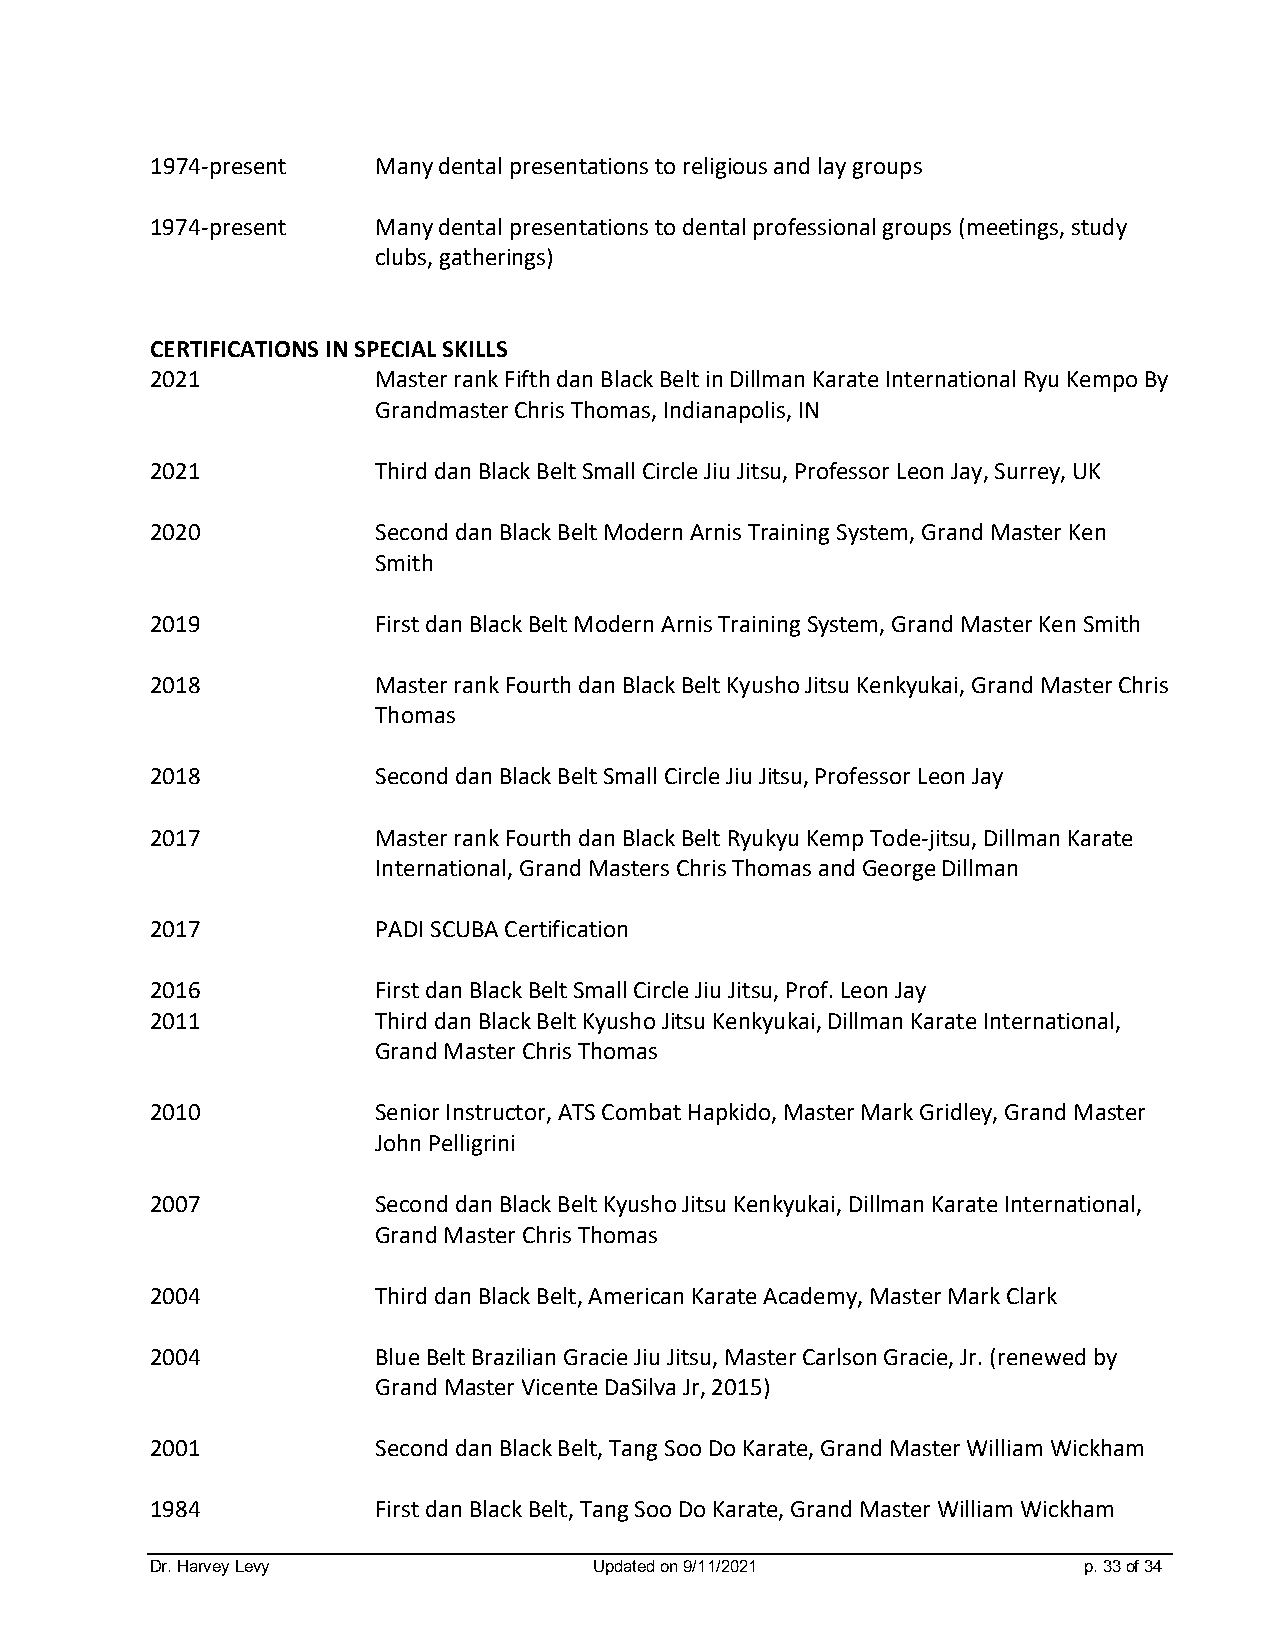
1974-present   Many dental presentations to religious and lay groups
 1974-present   Many dental presentations to dental professional groups (meetings, study
 clubs, gatherings)
 CERTIFICATIONS IN SPECIAL SKILLS
 2021           Master rank Fifth dan Black Belt in Dillman Karate International Ryu Kempo By
 Grandmaster Chris Thomas, Indianapolis, IN
 2021           Third dan Black Belt Small Circle Jiu Jitsu, Professor Leon Jay, Surrey, UK
 2020           Second dan Black Belt Modern Arnis Training System, Grand Master Ken
 Smith
 2019           First dan Black Belt Modern Arnis Training System, Grand Master Ken Smith
 2018           Master rank Fourth dan Black Belt Kyusho Jitsu Kenkyukai, Grand Master Chris
 Thomas
 2018           Second dan Black Belt Small Circle Jiu Jitsu, Professor Leon Jay
 2017           Master rank Fourth dan Black Belt Ryukyu Kemp Tode-jitsu, Dillman Karate
 International, Grand Masters Chris Thomas and George Dillman
 2017           PADI SCUBA Certification
 2016           First dan Black Belt Small Circle Jiu Jitsu, Prof. Leon Jay
 2011           Third dan Black Belt Kyusho Jitsu Kenkyukai, Dillman Karate International,
 Grand Master Chris Thomas
 2010           Senior Instructor, ATS Combat Hapkido, Master Mark Gridley, Grand Master
 John Pelligrini
 2007           Second dan Black Belt Kyusho Jitsu Kenkyukai, Dillman Karate International,
 Grand Master Chris Thomas
 2004           Third dan Black Belt, American Karate Academy, Master Mark Clark
 2004           Blue Belt Brazilian Gracie Jiu Jitsu, Master Carlson Gracie, Jr. (renewed by
 Grand Master Vicente DaSilva Jr, 2015)
 2001           Second dan Black Belt, Tang Soo Do Karate, Grand Master William Wickham
 1984           First dan Black Belt, Tang Soo Do Karate, Grand Master William Wickham
 Dr. Harvey Levy              Updated on 9/11/2021             p. 33 of 34